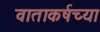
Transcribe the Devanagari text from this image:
वाताकर्षच्या